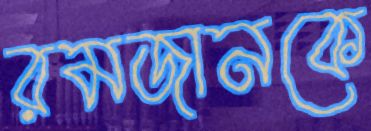
রমজানকে